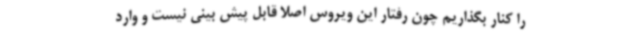
را کنار بگذاریم چون رفتار این ویروس اصلا قابل پیش بینی نیست و وارد